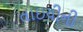
તાઇયીની